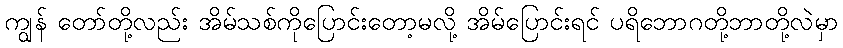
ကျွန် တော်တို့လည်း အိမ်သစ်ကိုပြောင်းတော့မလို့ အိမ်ပြောင်းရင် ပရိဘောဂတို့ဘာတို့လဲမှာ